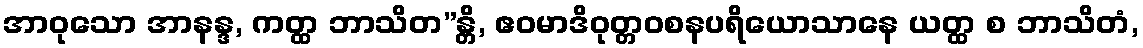
အာဝုသော အာနန္ဒ, ကတ္ထ ဘာသိတ”န္တိ, ဧဝမာဒိဝုတ္တဝစနပရိယောသာနေ ယတ္ထ စ ဘာသိတံ,